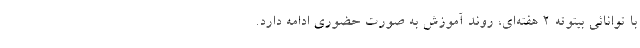
با توانائی بیتوته ۲ هفته‌ای، روند آموزش به صورت حضوری ادامه دارد.